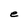
Character: e